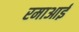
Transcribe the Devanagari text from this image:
रमाआई